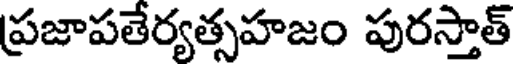
ప్రజాపతేర్యత్సహజం పురస్తాత్